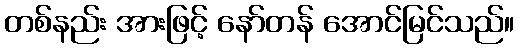
တစ်နည်း အားဖြင့် နော်တန် အောင်မြင်သည်။